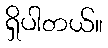
ရှိပါတယ်။